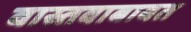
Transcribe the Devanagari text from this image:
वास्तवाबाबत